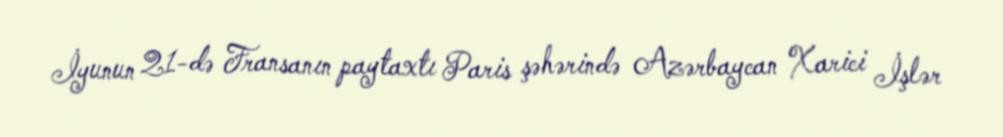
İyunun 21-də Fransanın paytaxtı Paris şəhərində Azərbaycan Xarici İşlər